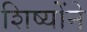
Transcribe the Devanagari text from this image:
शिष्योंने